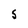
Character: 5